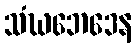
သံဃဘေဒေန